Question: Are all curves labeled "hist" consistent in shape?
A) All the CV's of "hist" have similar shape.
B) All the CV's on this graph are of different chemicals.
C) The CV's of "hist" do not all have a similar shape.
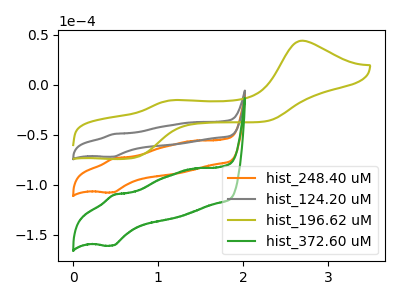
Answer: <think>The orange curve "hist_248.40 uM" has an anodic peak at (0.50V, -73.70uA) and a cathodic peak at (0.45V, -107.50uA). The gray curve "hist_124.20 uM" has an anodic peak at (0.50V, -49.35uA) and a cathodic peak at (0.45V, -72.00uA). The olive curve "hist_196.62 uM" has anodic peaks at (2.70V, 43.90uA) (1.20V, -15.45uA) and cathodic peaks at (0.70V, -72.95uA) (2.25V, -36.40uA). The green curve "hist_372.60 uM" has an anodic peak at (0.50V, -147.35uA) and a cathodic peak at (0.45V, -215.05uA).
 All the peaks in "hist_248.40 uM" have a peak in "hist_124.20 uM" at the same potential. "hist_248.40 uM" and "hist_196.62 uM" have a different number of peaks. All the peaks in "hist_248.40 uM" have a peak in "hist_372.60 uM" at the same potential. "hist_124.20 uM" and "hist_196.62 uM" have a different number of peaks. All the peaks in "hist_124.20 uM" have a peak in "hist_372.60 uM" at the same potential. "hist_196.62 uM" and "hist_372.60 uM" have a different number of peaks.</think>
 <answer>A) All the CV's of "hist" have similar shape.</answer>
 <eval>A</eval>